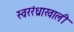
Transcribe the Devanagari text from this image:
स्वररंध्राखाली